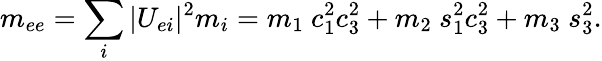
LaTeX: m_{ee}=\sum_{i}|U_{ei}|^{2}m_{i}=m_{1}~c_{1}^{2}c_{3}^{2}+m_{2}~s_{1}^{2}c_{3}^{2}+m_{3}~s_{3}^{2}.